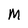
Character: M